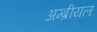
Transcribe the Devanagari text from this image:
अम्ब्रीयल